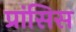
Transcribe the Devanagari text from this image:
प्रांसिस